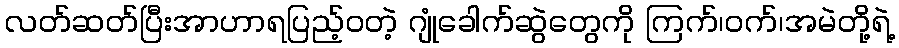
လတ်ဆတ်ပြီးအာဟာရပြည့်ဝတဲ့ ဂျုံခေါက်ဆွဲတွေကို ကြက်၊ဝက်၊အမဲတို့ရဲ့